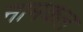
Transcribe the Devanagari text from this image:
नामकल